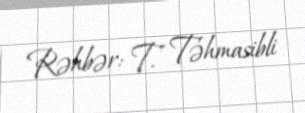
Rəhbər: T. Təhmasibli